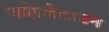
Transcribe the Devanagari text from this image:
ज्योर्जटाउन